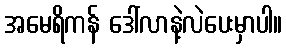
အမေရိကန် ဒေါ်လာနဲ့လဲပေးမှာပါ။